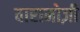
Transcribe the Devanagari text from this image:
वारामोज़ी